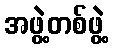
အဖွဲ့တစ်ဖွဲ့